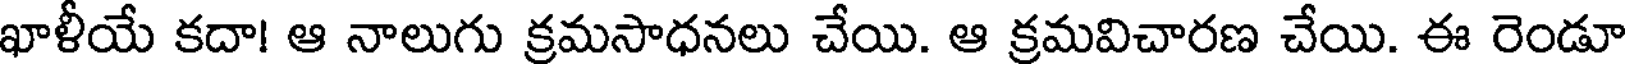
ఖాళీయే కదా! ఆ నాలుగు క్రమసాధనలు చేయి. ఆ క్రమవిచారణ చేయి. ఈ రెండూ